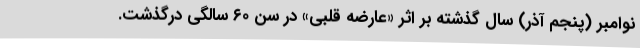
نوامبر (پنجم آذر) سال گذشته بر اثر «عارضه قلبی» در سن ۶۰ سالگی درگذشت.